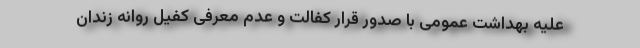
علیه بهداشت عمومی با صدور قرار کفالت و عدم معرفی کفیل روانه زندان